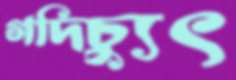
গদিচ্যুৎ